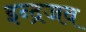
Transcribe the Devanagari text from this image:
इन्द्रजव